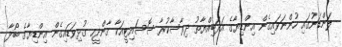
ލަންޑަނުގައި ހުންނަވައިގެން އިންޑިޔާގެ އަދަބިއްޔާތު ދިރާސާކުރާ ސޮސައިޓީއަކާ ގާންދީހ ގުޅިވަޑައިގެން އިންޑިޔާގެ ބޯދާ